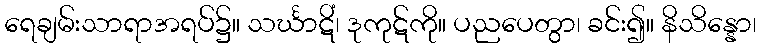
ရေချမ်းသာရာအရပ်၌။ သင်္ဃာဋိံ၊ ဒုကုဋ်ကို။ ပညပေတွာ၊ ခင်း၍။ နိသိန္နော၊